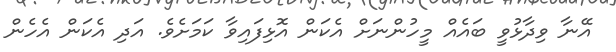
އޭނާ ވިދާޅުވީ ބައެއް މީހުންނަށް އެކަން އޮޅިފައިވާ ކަމަށެވެ. އަދި އެކަން އެހެން